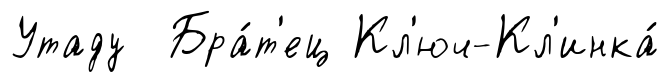
Утаду Бра́т'ец Кл'юч-Кл'инка́